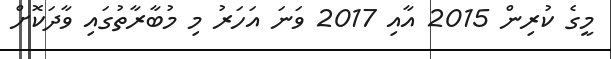
މީގެ ކުރިން 2015 އާއި 2017 ވަނަ އަހަރު މި މުބާރާތުގައި ވާދަކޮށް